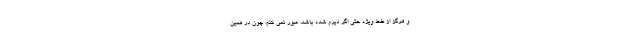
و هرگز از خط ویژه حتی اگر دیرم شده باشد، عبور نمی کنم، چون در همین